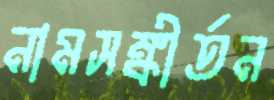
নামসঙ্কীর্তন